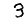
Digit: 3